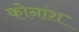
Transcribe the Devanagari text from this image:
कोनांश